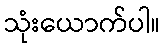
သုံးယောက်ပါ။